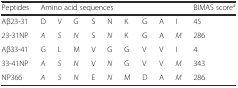
<table><thead><tr><td><b>Peptides</b></td><td colspan="9"><b>Amino acid sequences</b></td><td><b>BIMAS score<sup>a</sup></b></td></tr></thead><tbody><tr><td>Aβ23-31</td><td>D</td><td>V</td><td>G</td><td>S</td><td>N</td><td>K</td><td>G</td><td>A</td><td>I</td><td>45</td></tr><tr><td>23-31NP</td><td><i>A</i></td><td><i>S</i></td><td><i>N</i></td><td>S</td><td><i>N</i></td><td>K</td><td>G</td><td>A</td><td><i>M</i></td><td>286</td></tr><tr><td>Aβ33-41</td><td>G</td><td>L</td><td>M</td><td>V</td><td>G</td><td>G</td><td>V</td><td>V</td><td>I</td><td>4</td></tr><tr><td>33-41NP</td><td><i>A</i></td><td><i>S</i></td><td><i>N</i></td><td>V</td><td><i>N</i></td><td>G</td><td>V</td><td>V</td><td><i>M</i></td><td>343</td></tr><tr><td>NP366</td><td><i>A</i></td><td><i>S</i></td><td><i>N</i></td><td>E</td><td><i>N</i></td><td>M</td><td>D</td><td>A</td><td><i>M</i></td><td>286</td></tr></tbody></table>